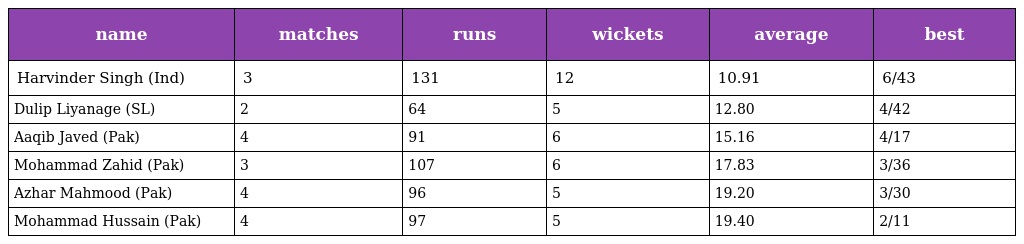
| name | matches | runs | wickets | average | best |
 | --- | --- | --- | --- | --- | --- |
 | Harvinder Singh (Ind) | 3 | 131 | 12 | 10.91 | 6/43 |
 | Dulip Liyanage (SL) | 2 | 64 | 5 | 12.80 | 4/42 |
 | Aaqib Javed (Pak) | 4 | 91 | 6 | 15.16 | 4/17 |
 | Mohammad Zahid (Pak) | 3 | 107 | 6 | 17.83 | 3/36 |
 | Azhar Mahmood (Pak) | 4 | 96 | 5 | 19.20 | 3/30 |
 | Mohammad Hussain (Pak) | 4 | 97 | 5 | 19.40 | 2/11 |